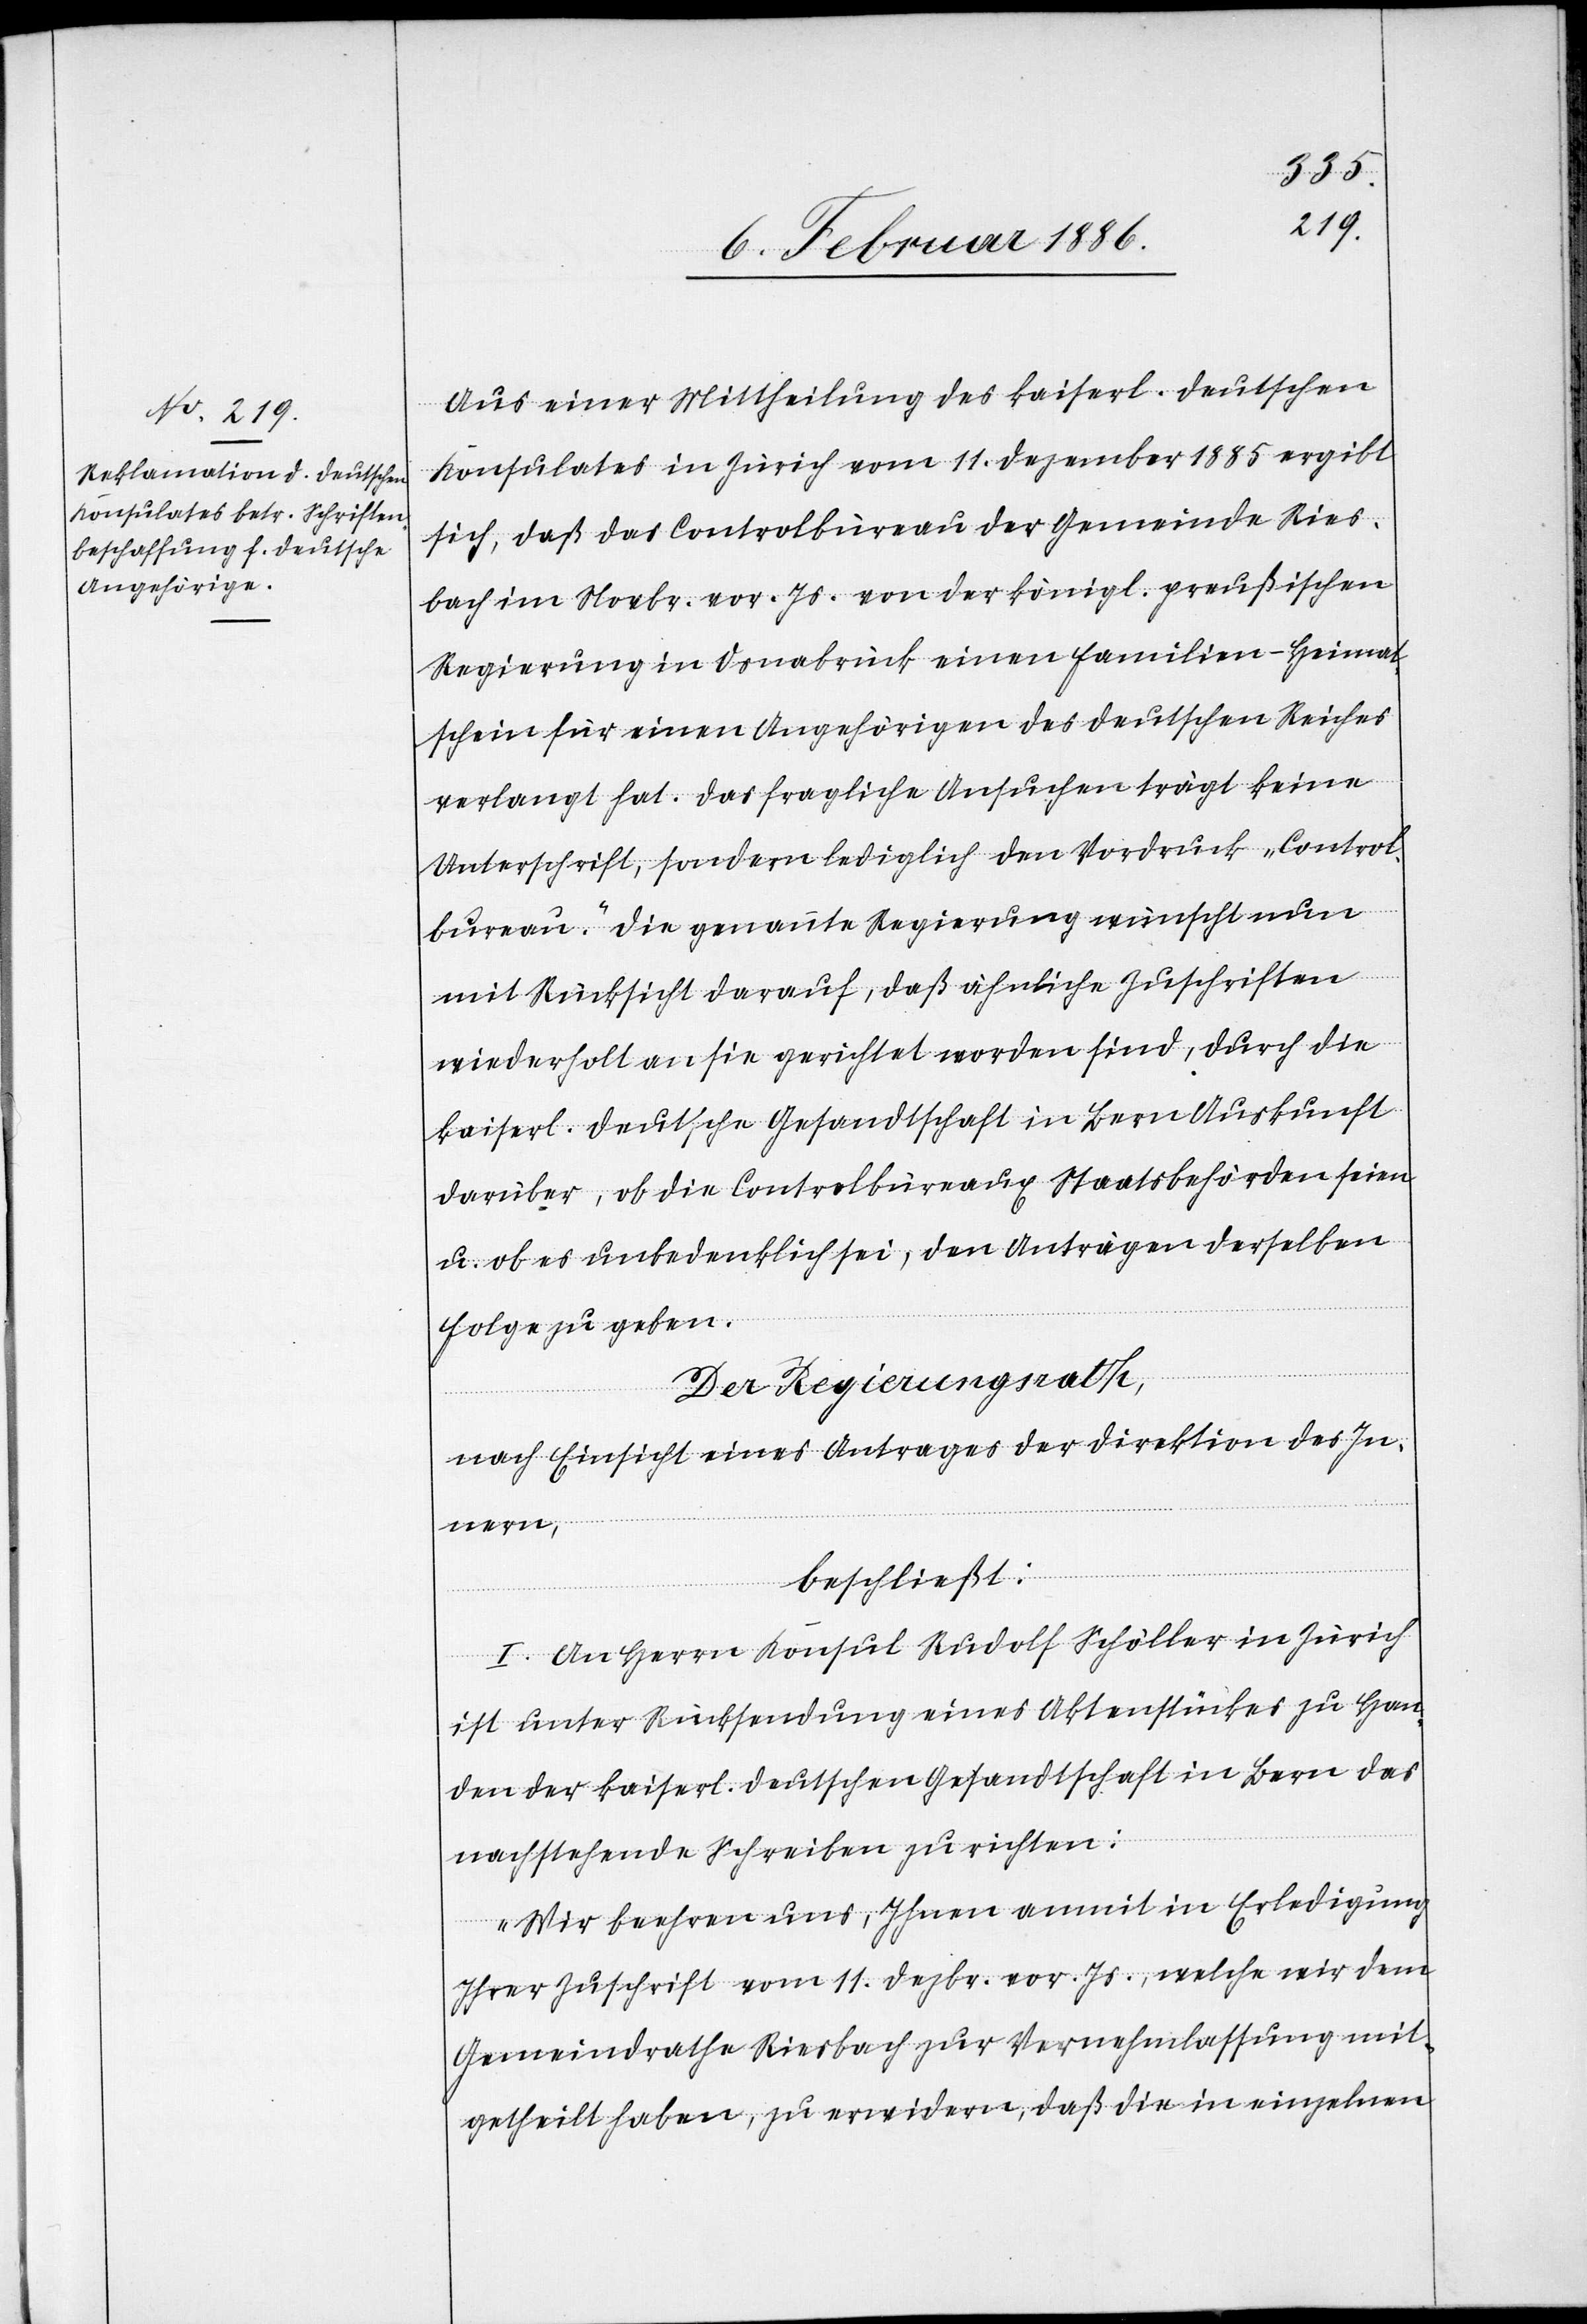
Aus einer Mittheilung des kaiserl. deutschen
Konsulates in Zürich vom 1. Dezember 1885 ergibt
sich, daß das Controlbureau der Gemeinde Ries¬
bach im Novbr. vor. Js. von der königl. preußischen
Regierung in Osnabrück einen Familien-Heimat¬
schein für einen Angehörigen des deutschen Reiches
verlangt hat. Das fragliche Ansuchen trägt keine
Unterschrift, sondern lediglich den Vordruck „Control¬
bureau“. Die genannte Regierung wünscht nun
mit Rücksicht darauf, daß ähnliche Zuschriften
wiederholt an sie gerichtet worden sind, durch die
kaiserl. deutsche Gesandtschaft in Bern Auskunft
darüber, ob die Controlbureaux Staatsbehörden seien
u. ob es unbedenklich sei, den Anträgen derselben
Folge zu geben.
Der Regierungsrath,
nach Einsicht eines Antrages der Direktion des In¬
nern,
beschließt:
I. An Herrn Konsul Rudolf Schöller in Zürich
ist unter Rücksendung eines Aktenstückes zu Han¬
den der kaiserl. deutschen Gesandtschaft in Bern das
nachstehende Schreiben zu richten:
„Wir beehren uns, Ihnen anmit in Erledigung
Ihrer Zuschrift vom 11. Dezbr. vor. Js., welche wir dem
Gemeindrathe Riesbach zur Vernehmlassung mit¬
getheilt haben, zu erwidern, daß die in einzelnen